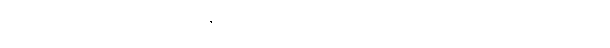
မင်းသားကလေး အင်ဒရေနှင့် ပီယာတို့လည်း ဆင်ဝင်ရှေ့သို့ ထွက်လာကြသည်။